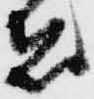
者